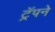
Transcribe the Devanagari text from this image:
ट्रॅपने